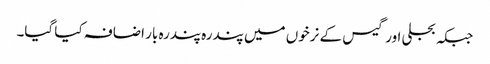
جبکہ بجلی اور گیس کے نرخوں میں پندرہ پندرہ بار اضافہ کیا گیا۔